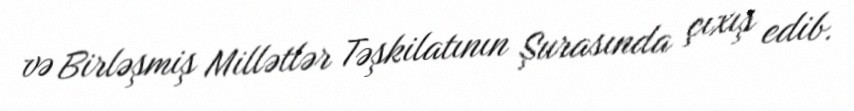
və Birləşmiş Millətlər Təşkilatının Şurasında çıxış edib.